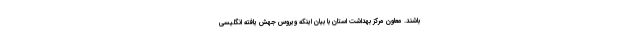
باشند. معاون مرکز بهداشت استان با بیان اینکه ویروس جهش یافته انگلیسی